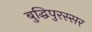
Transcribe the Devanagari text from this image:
बुद्धिपुरस्सर